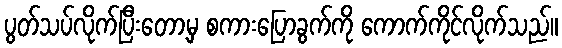
ပွတ်သပ်လိုက်ပြီးတော့မှ စကားပြောခွက်ကို ကောက်ကိုင်လိုက်သည်။